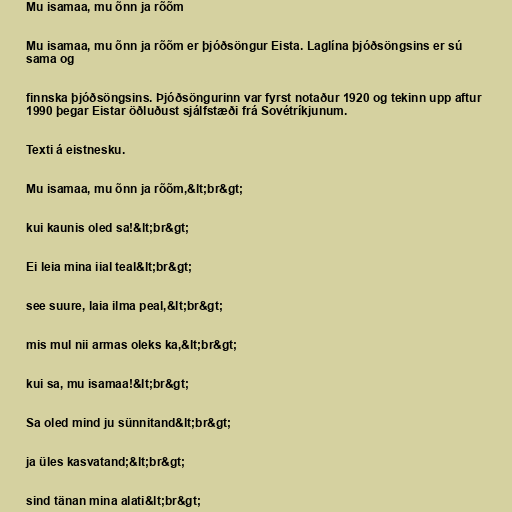
Mu isamaa, mu õnn ja rõõm

Mu isamaa, mu õnn ja rõõm er þjóðsöngur Eista. Laglína þjóðsöngsins er sú
sama og

finnska þjóðsöngsins. Þjóðsöngurinn var fyrst notaður 1920 og tekinn upp aftur
1990 þegar Eistar öðluðust sjálfstæði frá Sovétríkjunum.

Texti á eistnesku.

Mu isamaa, mu õnn ja rõõm,&lt;br&gt;

kui kaunis oled sa!&lt;br&gt;

Ei leia mina iial teal&lt;br&gt;

see suure, laia ilma peal,&lt;br&gt;

mis mul nii armas oleks ka,&lt;br&gt;

kui sa, mu isamaa!&lt;br&gt;

Sa oled mind ju sünnitand&lt;br&gt;

ja üles kasvatand;&lt;br&gt;

sind tänan mina alati&lt;br&gt;